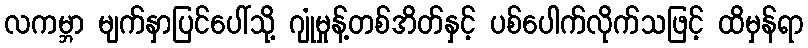
လကမ္ဘာ မျက်နှာပြင်ပေါ်သို့ ဂျုံမှုန့်တစ်အိတ်နှင့် ပစ်ပေါက်လိုက်သဖြင့် ထိမှန်ရာ